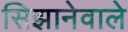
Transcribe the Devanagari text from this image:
सिझानेवाले